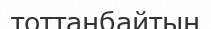
тоттанбайтын